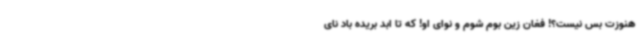
هنوزت بس نیست؟! فغان زین بوم شوم و نوای او! که تا ابد بریده باد نای